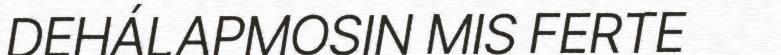
DEHÁLAPMOSIN MIS FERTE